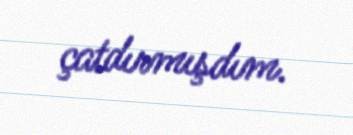
çatdırmışdım.